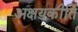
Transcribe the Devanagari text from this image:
अक्षयकीर्ति